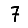
Digit: 7